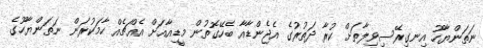
ނަތަންޔާހޫ އިނގިރޭސިވިލާތަށް ކުރާ ދަތުރުގެ އެޖެންޑާއާ ބެހޭގޮތުން މީޑިއާއަށް އެއްޗެއް ހާމަކުރަން ނަތަންޔާހޫގެ